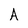
Character: A